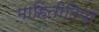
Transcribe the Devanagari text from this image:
माहितीटिपा